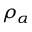
\rho _ { \alpha }